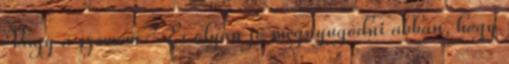
Vagy a szemem? És olyan jó megnyugodni abban, hogy